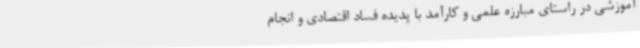
آموزشی در راستای مبارزه علمی و کارآمد با پدیده فساد اقتصادی و انجام